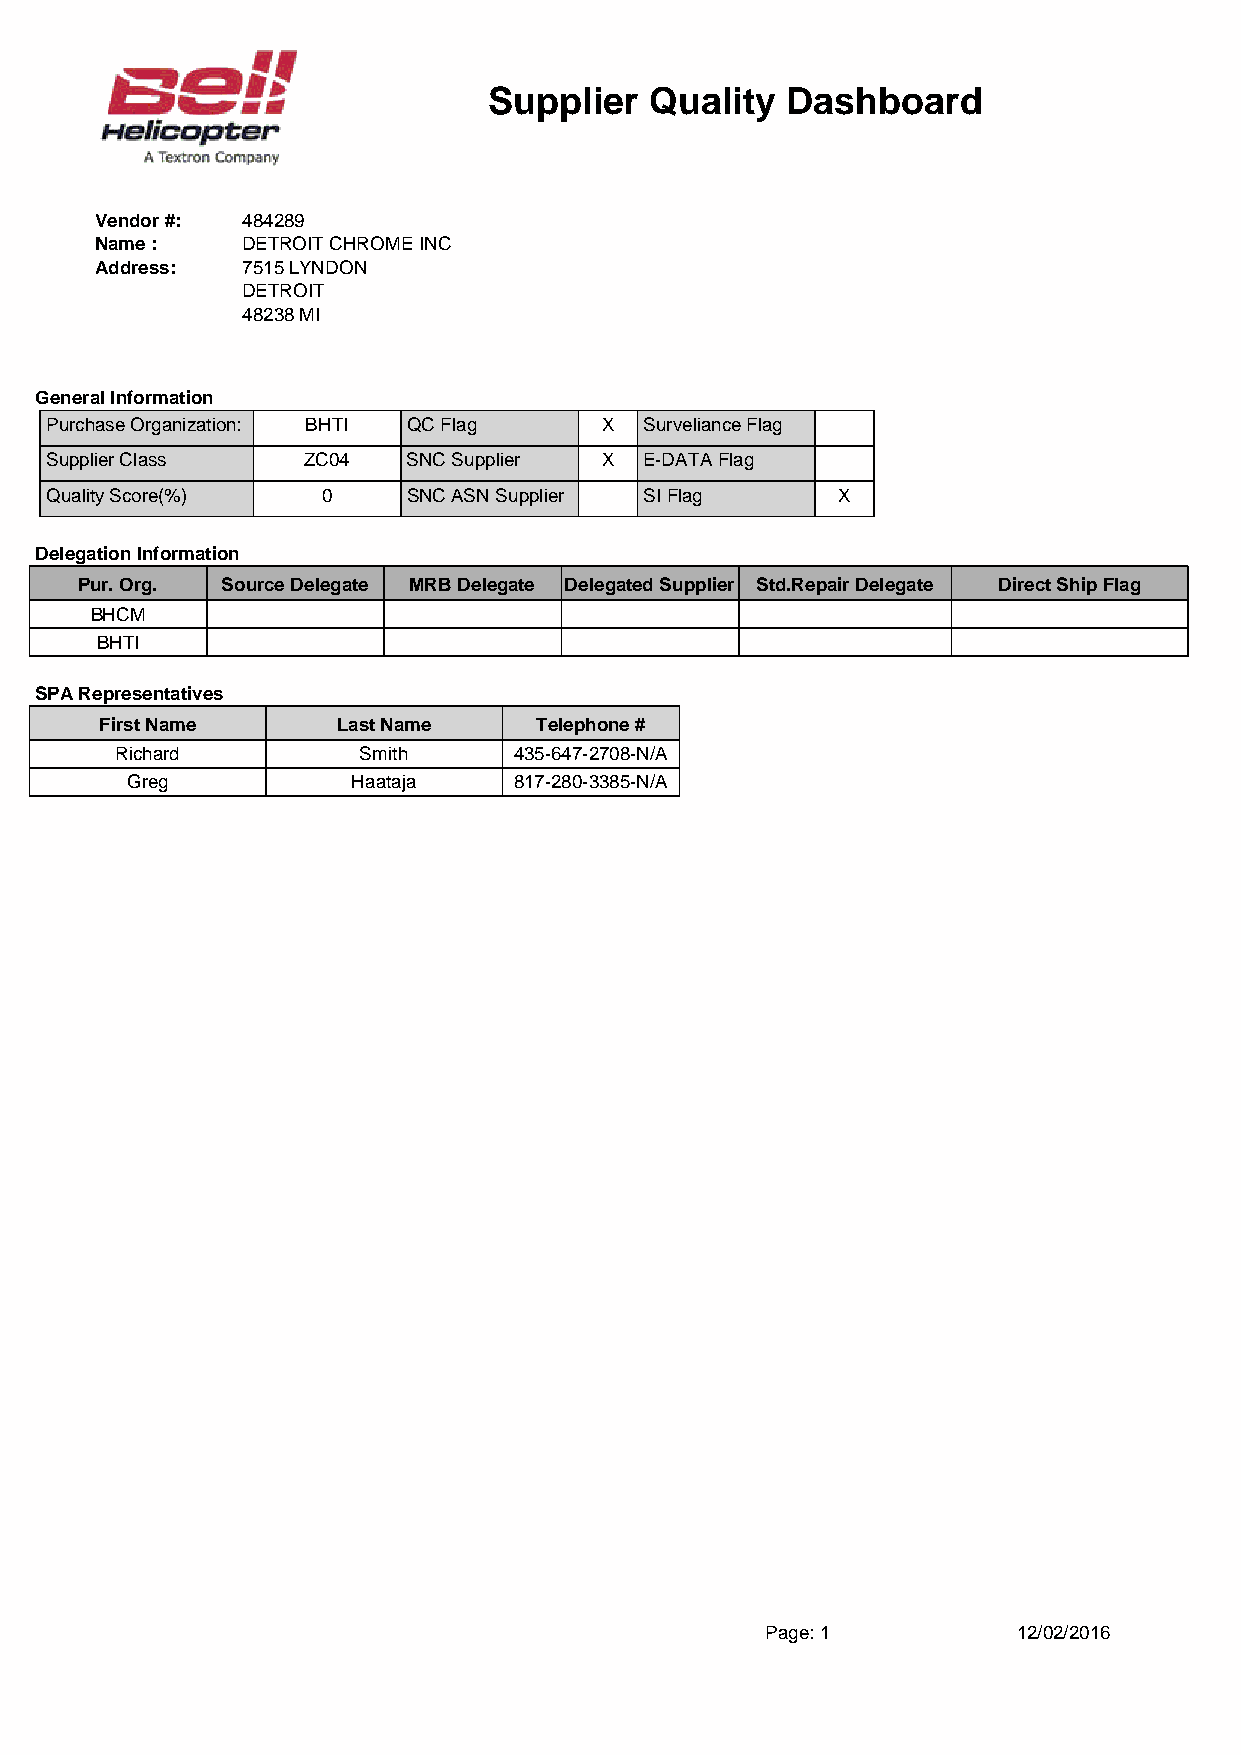
Supplier   Quality  Dashboard
 Vendor#:  484289
 Name:     DETROITCHROMEINC
 Address:  7515LYNDON
 DETROIT
 48238MI
 GeneralInformation
 PurchaseOrganization: BHTI QCFlag    X  SurvelianceFlag
 SupplierClass    ZC04   SNCSupplier  X  E-DATAFlag
 QualityScore(%)   0     SNCASNSupplier  SIFlag      X
 DelegationInformation
 Pur.Org.  SourceDelegate MRBDelegate DelegatedSupplier Std.RepairDelegate DirectShipFlag
 BHCM
 BHTI
 SPARepresentatives
 FirstName      LastName     Telephone#
 Richard         Smith     435-647-2708-N/A
 Greg           Haataja    817-280-3385-N/A
 Page:1          12/02/2016